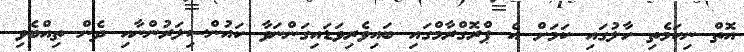
އޮތް ނިކަމެތި ހާލުގައި ކަަމަށް އެ ޕްރޮގްރާމްގައި ބައިވެރިވަޑައިގަންނަވާ ކައުންސިލަރުންނާއި ދެން ތިއްބެވި